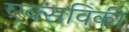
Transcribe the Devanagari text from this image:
एक्सविकी